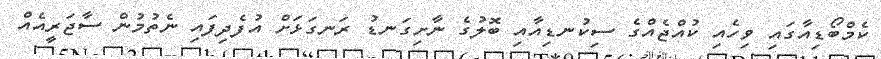
ކެމްބޯޑިއާގައި ވިހެއި ކުއްޖެއްގެ ސިކުނޑިއާއި ބޮލުގެ ނާށިގަނޑު ރަނގަޅަށް އުފެދިފައި ނެތުމުން ސާޖަރީއެއް